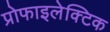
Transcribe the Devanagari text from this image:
प्रोफाइलेक्टिक